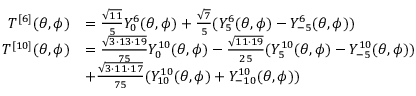
\begin{array} { r l } { T ^ { [ 6 ] } ( \theta , \phi ) } & { = \frac { \sqrt { 1 1 } } { 5 } Y _ { 0 } ^ { 6 } ( \theta , \phi ) + \frac { \sqrt { 7 } } { 5 } ( Y _ { 5 } ^ { 6 } ( \theta , \phi ) - Y _ { - 5 } ^ { 6 } ( \theta , \phi ) ) } \\ { T ^ { [ 1 0 ] } ( \theta , \phi ) } & { = \frac { \sqrt { 3 \cdot 1 3 \cdot 1 9 } } { 7 5 } Y _ { 0 } ^ { 1 0 } ( \theta , \phi ) - \frac { \sqrt { 1 1 \cdot 1 9 } } { 2 5 } ( Y _ { 5 } ^ { 1 0 } ( \theta , \phi ) - Y _ { - 5 } ^ { 1 0 } ( \theta , \phi ) ) } \\ & { + \frac { \sqrt { 3 \cdot 1 1 \cdot 1 7 } } { 7 5 } ( Y _ { 1 0 } ^ { 1 0 } ( \theta , \phi ) + Y _ { - 1 0 } ^ { 1 0 } ( \theta , \phi ) ) } \end{array}